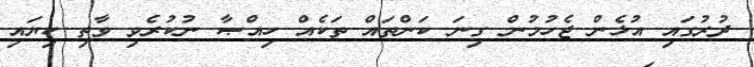
ދުރުގައި އުޅެން ޖެހުމުން ގިނަ ކަންތައް ތަކެއް ހިއްޞާ ނުކުރެވި ވާތި ކިޔައި